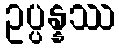
ဥပ္ပန္နဿ